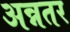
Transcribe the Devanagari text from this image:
अन्नतर